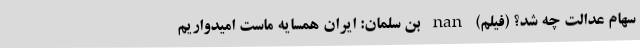
سهام عدالت چه شد؟ (فیلم) nan بن سلمان: ایران همسایه ماست امیدواریم